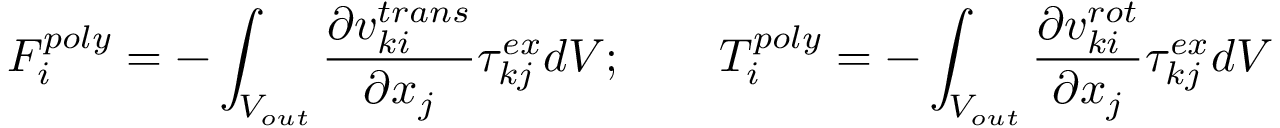
F _ { i } ^ { p o l y } = - \int _ { V _ { o u t } } \frac { \partial v _ { k i } ^ { t r a n s } } { \partial x _ { j } } \tau _ { k j } ^ { e x } d V ; \qquad T _ { i } ^ { p o l y } = - \int _ { V _ { o u t } } \frac { \partial v _ { k i } ^ { r o t } } { \partial x _ { j } } \tau _ { k j } ^ { e x } d V